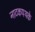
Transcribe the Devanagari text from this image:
नाटकपथके